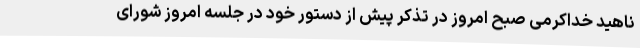
ناهید خداکرمی صبح امروز در تذکر پیش از دستور خود در جلسه امروز شورای